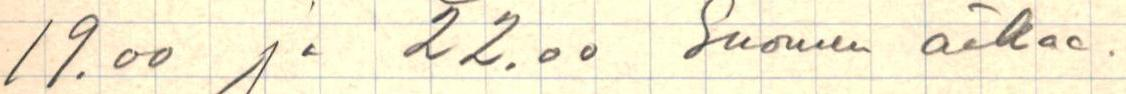
19.00 ja 22.00 Suomen aikaa.